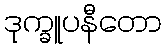
ဒုက္ခူပနီတော